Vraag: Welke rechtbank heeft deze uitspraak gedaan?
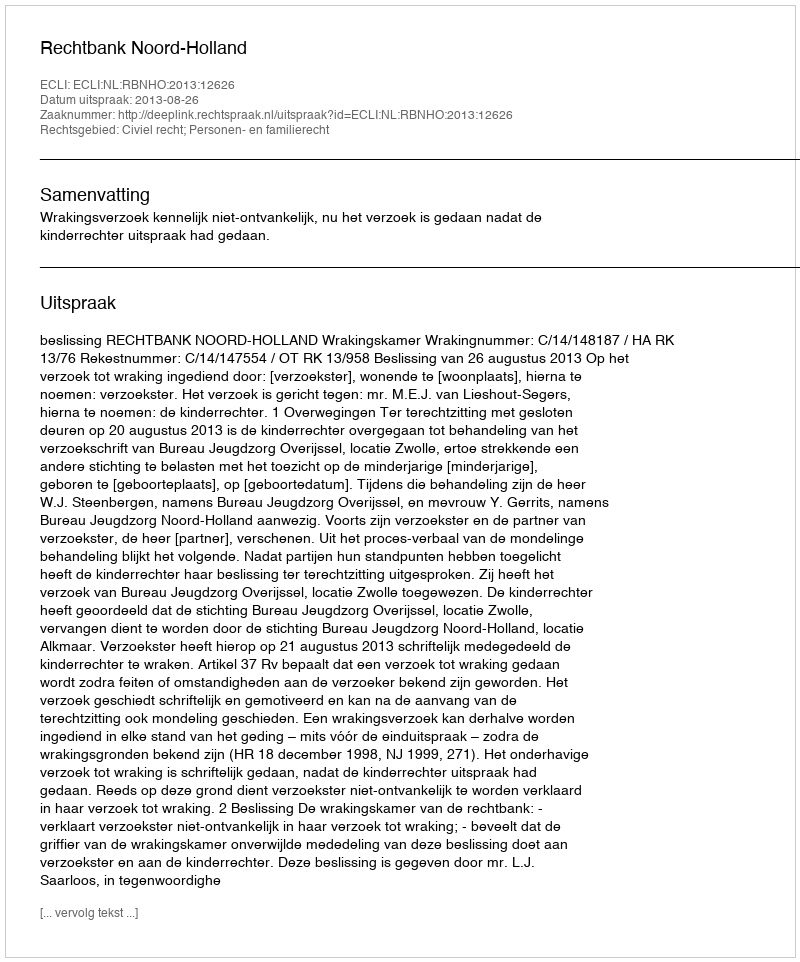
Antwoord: Rechtbank Noord-Holland